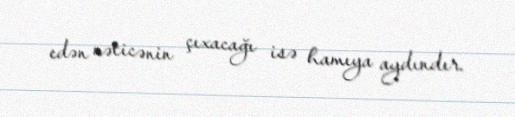
edən nəticənin çıxacağı isə hamıya aydındır.